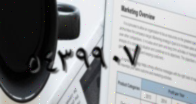
٥٤٣٩٩٠٧